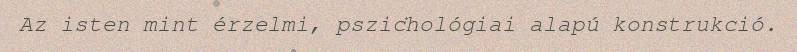
Az isten mint érzelmi, pszichológiai alapú konstrukció.